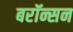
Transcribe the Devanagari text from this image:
बरॉन्सन